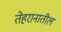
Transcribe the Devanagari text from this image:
तेहरानातील